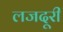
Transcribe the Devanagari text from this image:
लजदूरी